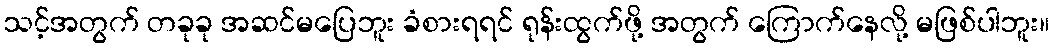
သင့်အတွက် တခုခု အဆင်မပြေဘူး ခံစားရရင် ရုန်းထွက်ဖို့ အတွက် ကြောက်နေလို့ မဖြစ်ပါဘူး။